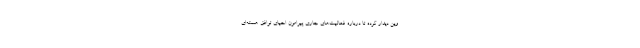
وین دیدار کرده تا درباره فعالیت‌های جاری پیرامون احیای توافق هسته‌ای